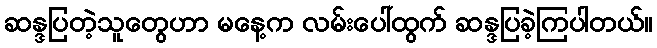
ဆန္ဒပြတဲ့သူတွေဟာ မနေ့က လမ်းပေါ်ထွက် ဆန္ဒပြခဲ့ကြပါတယ်။